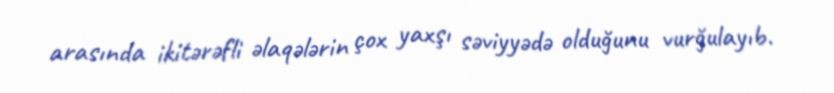
arasında ikitərəfli əlaqələrin çox yaxşı səviyyədə olduğunu vurğulayıb.